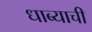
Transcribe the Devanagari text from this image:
धाब्याची